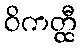
ဝိကတ္ထီ